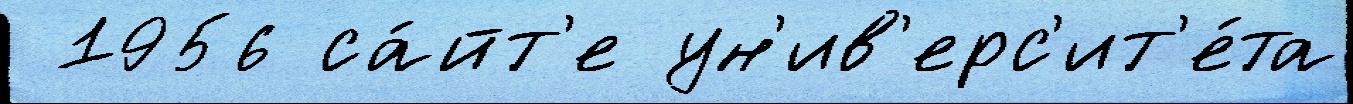
 1956 са́йт'е ун'ив'ерс'ит'е́та